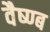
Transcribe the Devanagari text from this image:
वैष्ण्ब